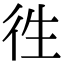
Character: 徃